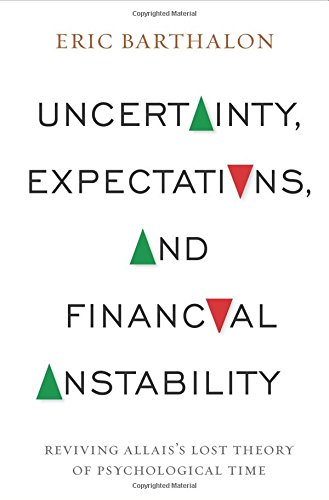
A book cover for Uncertainty, Expectations, and Financial Instability: Reviving Allais's Lost Theory of Psychological Time; Eric Barthalon; Business & Money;